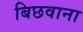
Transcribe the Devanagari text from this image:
बिछवाना